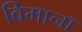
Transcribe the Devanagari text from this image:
विमानॉ